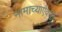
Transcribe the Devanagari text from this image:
नामाच्याऐवजी